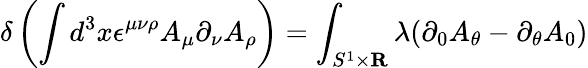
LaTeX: \delta\left(\int d^{3}x\epsilon^{\mu\nu\rho}A_{\mu}\partial_{\nu}A_{\rho}\right)=\int_{S^{1}\times{\mathbf R}}\lambda(\partial_{0}A_{\theta}-\partial_{\theta}A_{0})